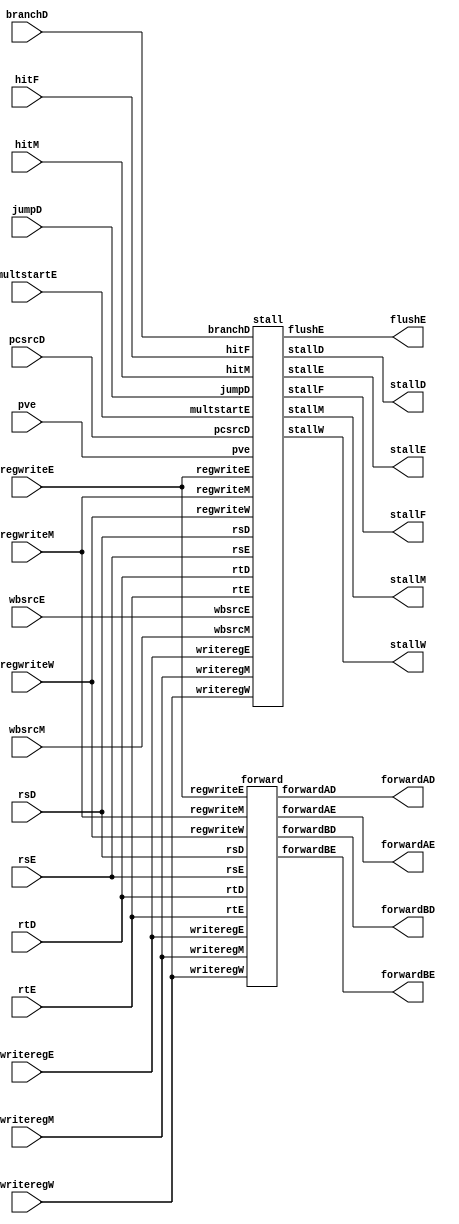

//This is the hazard Unit

module hazard(
    input [1:0] branchD,
	input jumpD, pcsrcD,
    input [3:0] wbsrcE, wbsrcM,
    input regwriteE, regwriteM, regwriteW, hitM, hitF,
    input multstartE, pve,
    input [4:0] rtD, rsD, rsE, rtE, writeregE, writeregW, writeregM,
    output stallF, stallD, flushE, stallE, stallM, stallW,
    output forwardAD, forwardBD,
    output [1:0] forwardAE, forwardBE
);
    forward fw(rtD, rsD, rsE, rtE, writeregE, writeregW, writeregM,regwriteE, regwriteM, regwriteW,forwardAD, forwardBD,forwardAE, forwardBE);
    stall st(branchD, jumpD, pcsrcD, wbsrcE, wbsrcM,regwriteE, regwriteM, regwriteW,hitM, hitF, rtD, rsD, rsE, rtE, writeregE, writeregW, writeregM,multstartE, pve, stallF, stallD, flushE, stallE, stallM, stallW);

endmodule


module forward(
    input [4:0] rtD, rsD, rsE, rtE, writeregE, writeregW, writeregM,
    input regwriteE, regwriteM, regwriteW, 
    output reg forwardAD, forwardBD,
    output reg [1:0] forwardAE, forwardBE
);
always@(*)
begin
    if((rsE != 0) && (regwriteM) && (rsE == writeregM))
        forwardAE <= 2'b10;
    else if((rsE != 0) && (regwriteW) && (rsE == writeregW))
        forwardAE <= 2'b01;
    else
        forwardAE <= 2'b00;

    if((rtE != 0) && (regwriteM) && (rtE == writeregM))
        forwardBE <= 2'b10;
    else if((rtE != 0) && (regwriteW) && (rtE == writeregW))
        forwardBE <= 2'b01;
    else
        forwardBE <= 2'b00;

    if((rsD != 0) && (regwriteM) && (rsD == writeregM))
        forwardAD <= 1;
    else
        forwardAD <= 0;

    if((rtD != 0) && (regwriteM) && (rtD == writeregM))
        forwardBD <= 1;
    else
        forwardBD <= 0;
end
endmodule


module stall(
    input [1:0] branchD,
	input jumpD, pcsrcD,
    input [3:0] wbsrcE, wbsrcM,
    input regwriteE, regwriteM, regwriteW, hitM, hitF,
    input [4:0] rtD, rsD, rsE, rtE, writeregE, writeregW, writeregM,
    input multstartE, pve,
    output reg stallF, stallD, flushE, stallE, stallM, stallW
);
wire d_cache_stall, i_cache_stall;
assign i_cache_stall = !hitF && !branchD[0] && !branchD[1] && !pcsrcD && !jumpD;
assign d_cache_stall = !hitM && wbsrcM[1:0] == 2'b11;
reg multplier, memory_loading;
always@(*)
begin
    stallF <= 0;
    stallD <= 0;
    flushE <= 0;
	stallE <= 0;
	stallM <= 0;
	stallW <= 0;

    if(((rsD == rtE) || (rtE == rtD)) && (wbsrcE == 4'b1111)) //lw
    begin
        stallF <= 1;
        stallD <= 1;
        flushE <= 1;
    end

    if(hitF && (branchD != 2'b00) && ((regwriteE && ((rsD == writeregE) || (rtD == writeregE))) || ((wbsrcM[1:0] == 2'b11) && ((rsD == writeregM) || (rtD == writeregM))))) //branch
    begin
        stallF <= 1;
        stallD <= 1;
        flushE <= 1;
    end

    if((multstartE == 1)) //start multplication
    begin
        stallF <= 1;
        stallD <= 1;
		if(!hitM && wbsrcM[1:0] == 2'b11) begin // if there's a data memory load in memory stage
			stallE <= 1;
			stallM <= 1;
			stallW <= 1;
		end else
		flushE <= 1;
        multplier <= 1;
    end

    if((multplier == 1) && (pve == 0)) //during multplication
    begin
        stallF <= 1;
        stallD <= 1;
        if(!hitM && wbsrcM[1:0] == 2'b11) begin
	        stallE <= 1;
	        stallM <= 1;
	        stallW <= 1;
        end else
		    flushE <= 1;
    end

    if((multplier == 1) && (pve == 1) && (multstartE != 1)) //end multplication
    begin
        multplier <= 0;
    end
    
	if((i_cache_stall || d_cache_stall) && !multstartE)
	begin
        stallF <= 1;
        stallD <= 1;
        stallE <= 1;
        stallM <= 1;
        stallW <= 1;
	end
end
endmodule